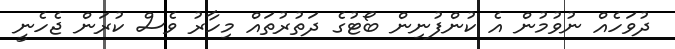
ދުވަހެއް ނުވުމުން އެ ކުންފުނިން ބޯޓުގެ ދަތުރުތައް މިހާރު ވެސް ކުރަން ޖެހެނީ